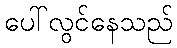
ပေါ်လွင်နေသည်